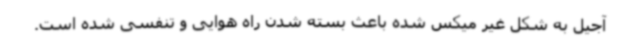
آجیل به شکل غیر میکس شده باعث بسته شدن راه هوایی و تنفسی شده است.